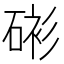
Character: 𥓸